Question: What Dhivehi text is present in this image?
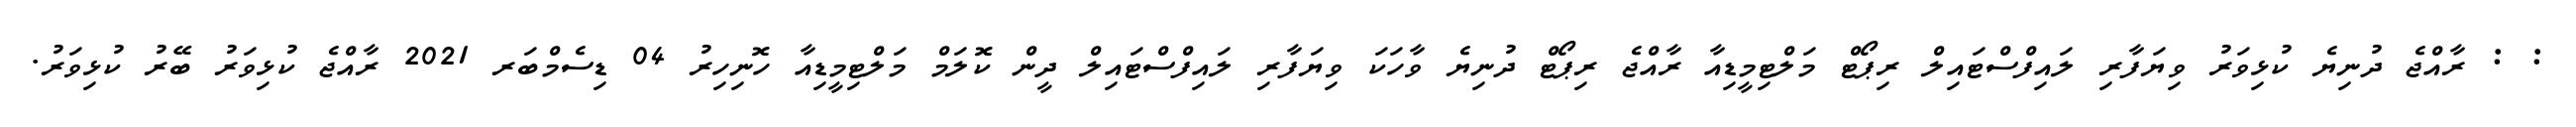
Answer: : : ރާއްޖެ ދުނިޔެ ކުޅިވަރު ވިޔަފާރި ލައިފްސްޓައިލް ރިޕޯޓް މަލްޓިމީޑިއާ ރާއްޖެ ރިޕޯޓް ދުނިޔެ ވާހަކަ ވިޔަފާރި ލައިފްސްޓައިލް ދީން ކޮލަމް މަލްޓިމީޑިއާ ހޮނިހިރު 04 ޑިސެމްބަރ 2021 ރާއްޖެ ކުޅިވަރު ބޭރު ކުޅިވަރު.